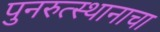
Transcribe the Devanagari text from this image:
पुनरुत्स्थानाचा